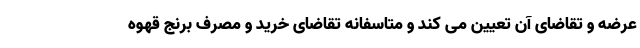
عرضه و تقاضای آن تعیین می کند و متاسفانه تقاضای خرید و مصرف برنج قهوه